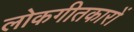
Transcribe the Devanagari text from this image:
लोकगीतकारों